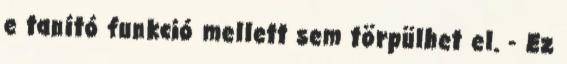
e tanító funkció mellett sem törpülhet el. - Ez